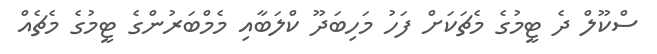
ސްކޫލް ދެ ޓީމުގެ މެޗަކަށް ފަހު މަހިބަދޫ ކްލަބާއި މެމްބަރުންގެ ޓީމުގެ މެޗެއް